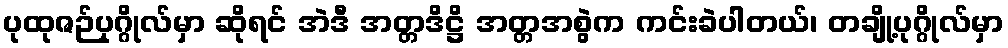
ပုထုဇဉ်ပုဂ္ဂိုလ်မှာ ဆိုရင် အဲဒီ အတ္တဒိဋ္ဌိ အတ္တအစွဲက ကင်းခဲပါတယ်၊ တချို့ပုဂ္ဂိုလ်မှာ